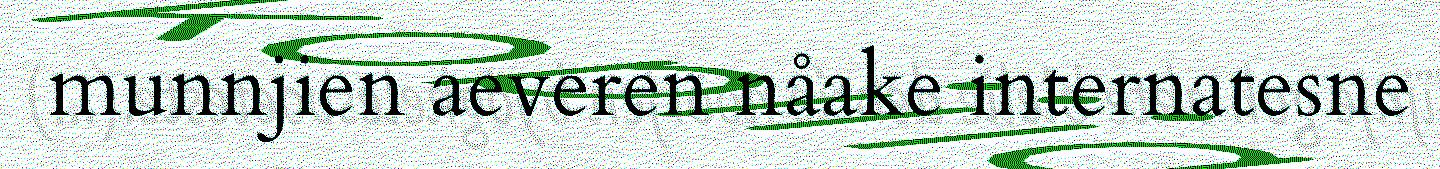
munnjien aeveren nåake internatesne